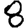
Digit: 8